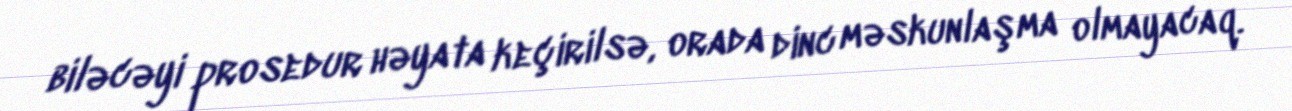
biləcəyi prosedur həyata keçirilsə, orada dinc məskunlaşma olmayacaq.